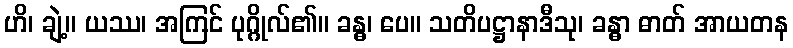
ဟိ၊ ချဲ့။ ယဿ၊ အကြင် ပုဂ္ဂိုလ်၏။ ခန္ဓ၊ ပေ။ သတိပဋ္ဌာနာဒီသု၊ ခန္ဓာ ဓာတ် အာယတန